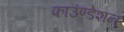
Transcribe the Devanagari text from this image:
फाउंण्डेशन